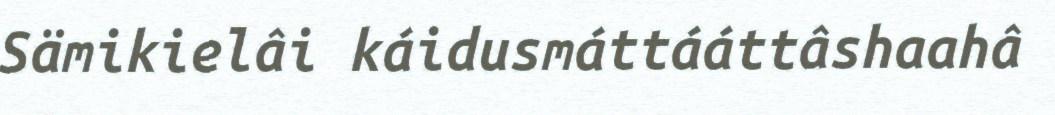
Sämikielâi káidusmáttááttâshaahâ